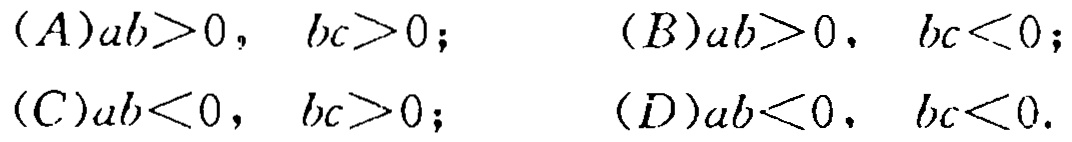
\((A)ab>0,\ bc>0;\quad (B)ab>0,\ bc<0;\)
\((C)ab<0,\ bc>0;\quad (D)ab<0,\ bc<0.\)